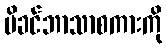
မိခင်ဘာသာစကားကို